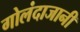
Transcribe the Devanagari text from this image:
गोलंदाजानी